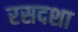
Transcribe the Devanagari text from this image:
रसदशा